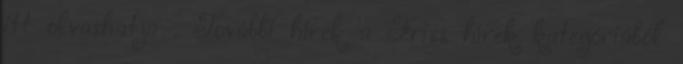
itt olvashatja . További hírek a Friss hírek kategóriából